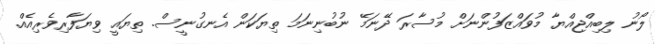
ލޯނު ލިބިއްޖިއްޔާ މުވައްޒަފުންނަށް މުސާރަ ދޭނަމޭ ނުބުނިނަމަ ތިޔަކަން އެނގުނީސް. ތިޔައީ ވިޔަފާރިވެރިއެއް.